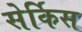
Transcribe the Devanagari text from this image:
सेर्किस